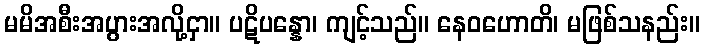
မမိအစီးအပွားအလို့ငှာ။ ပဋိပန္နော၊ ကျင့်သည်။ နေဝဟောတိ၊ မဖြစ်သနည်း။